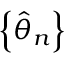
\left\{ { \hat { \theta } } _ { n } \right\}